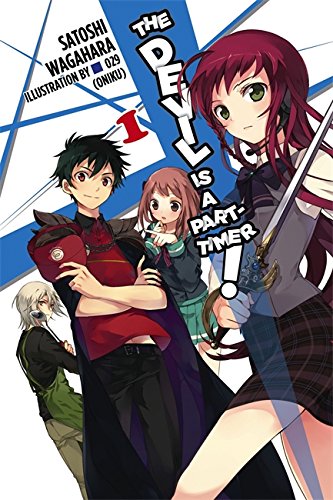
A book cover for The Devil Is a Part-Timer, Vol. 1; Satoshi Wagahara; Comics & Graphic Novels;